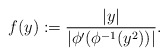
\begin{align*}f(y):=\frac{|y|}{|\phi'(\phi^{-1}(y^2))|}.\end{align*}